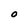
Character: 0